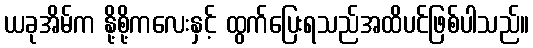
ယခုအိမ်က နို့စို့ကလေးနှင့် ထွက်ပြေးရသည်အထိပင်ဖြစ်ပါသည်။